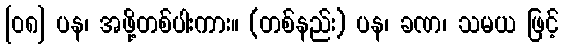
[၀၈] ပန၊ အဖို့တစ်ပါးကား။ (တစ်နည်း) ပန၊ ခဏ၊ သမယ ဖြင့်